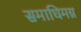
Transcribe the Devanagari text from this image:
समाधिमग्न